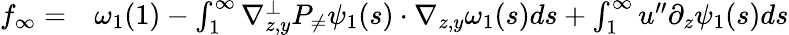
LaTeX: \begin{array}{r}{\begin{array}{rl}{f_{\infty}=}&{{}\omega_{1}(1)-\int_{1}^{\infty}\nabla_{z,y}^{\bot}P_{\neq}\psi_{1}(s)\cdot\nabla_{z,y}\omega_{1}(s)ds+\int_{1}^{\infty}u^{\prime\prime}\partial_{z}\psi_{1}(s)ds}\end{array}}\end{array}